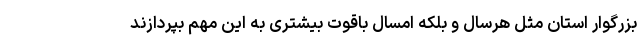
بزرگوار استان مثل هرسال و بلکه امسال باقوت بیشتری به این مهم بپردازند